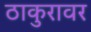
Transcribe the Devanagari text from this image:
ठाकुरावर